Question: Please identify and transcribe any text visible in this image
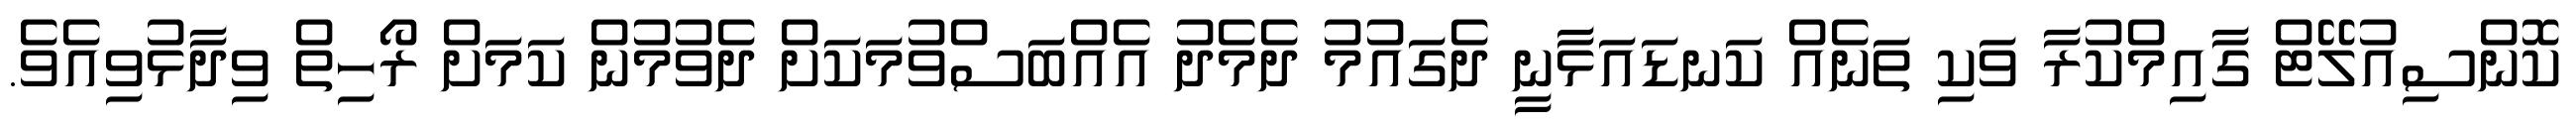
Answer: ކޮންސިއުލޭޓް ގާއިމްކުރާ ވަކި ތަނެއް ކަނޑައަޅާނީ ދެގައުމު ދެމެދު އެއްބަސްވުމަކަށް ދެވުމުން ކަމަށް ރޯހިތް ވިދާޅުވިއެވެ.